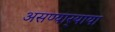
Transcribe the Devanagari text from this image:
असण्यार्‍याया